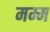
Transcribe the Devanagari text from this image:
मम्म